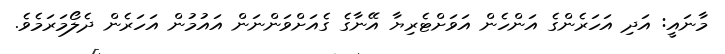
މާނައީ: އަދި އަހަރެންގެ އަންހެން އަވަށްޓެރިޔާ އޭނާގެ ގެއަށްވަންނަން އައުމުން އަހަރެން ދެލޯމަރަމެވެ.